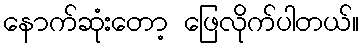
နောက်ဆုံးတော့ ဖြေလိုက်ပါတယ်။